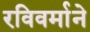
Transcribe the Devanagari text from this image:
रविवर्माने